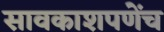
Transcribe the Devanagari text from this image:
सावकाशपणेंच